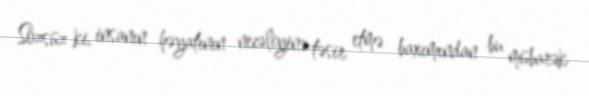
Sözsüz ki, insanın həyatının necəliyinə təsir etmə baxımından bu mübarək